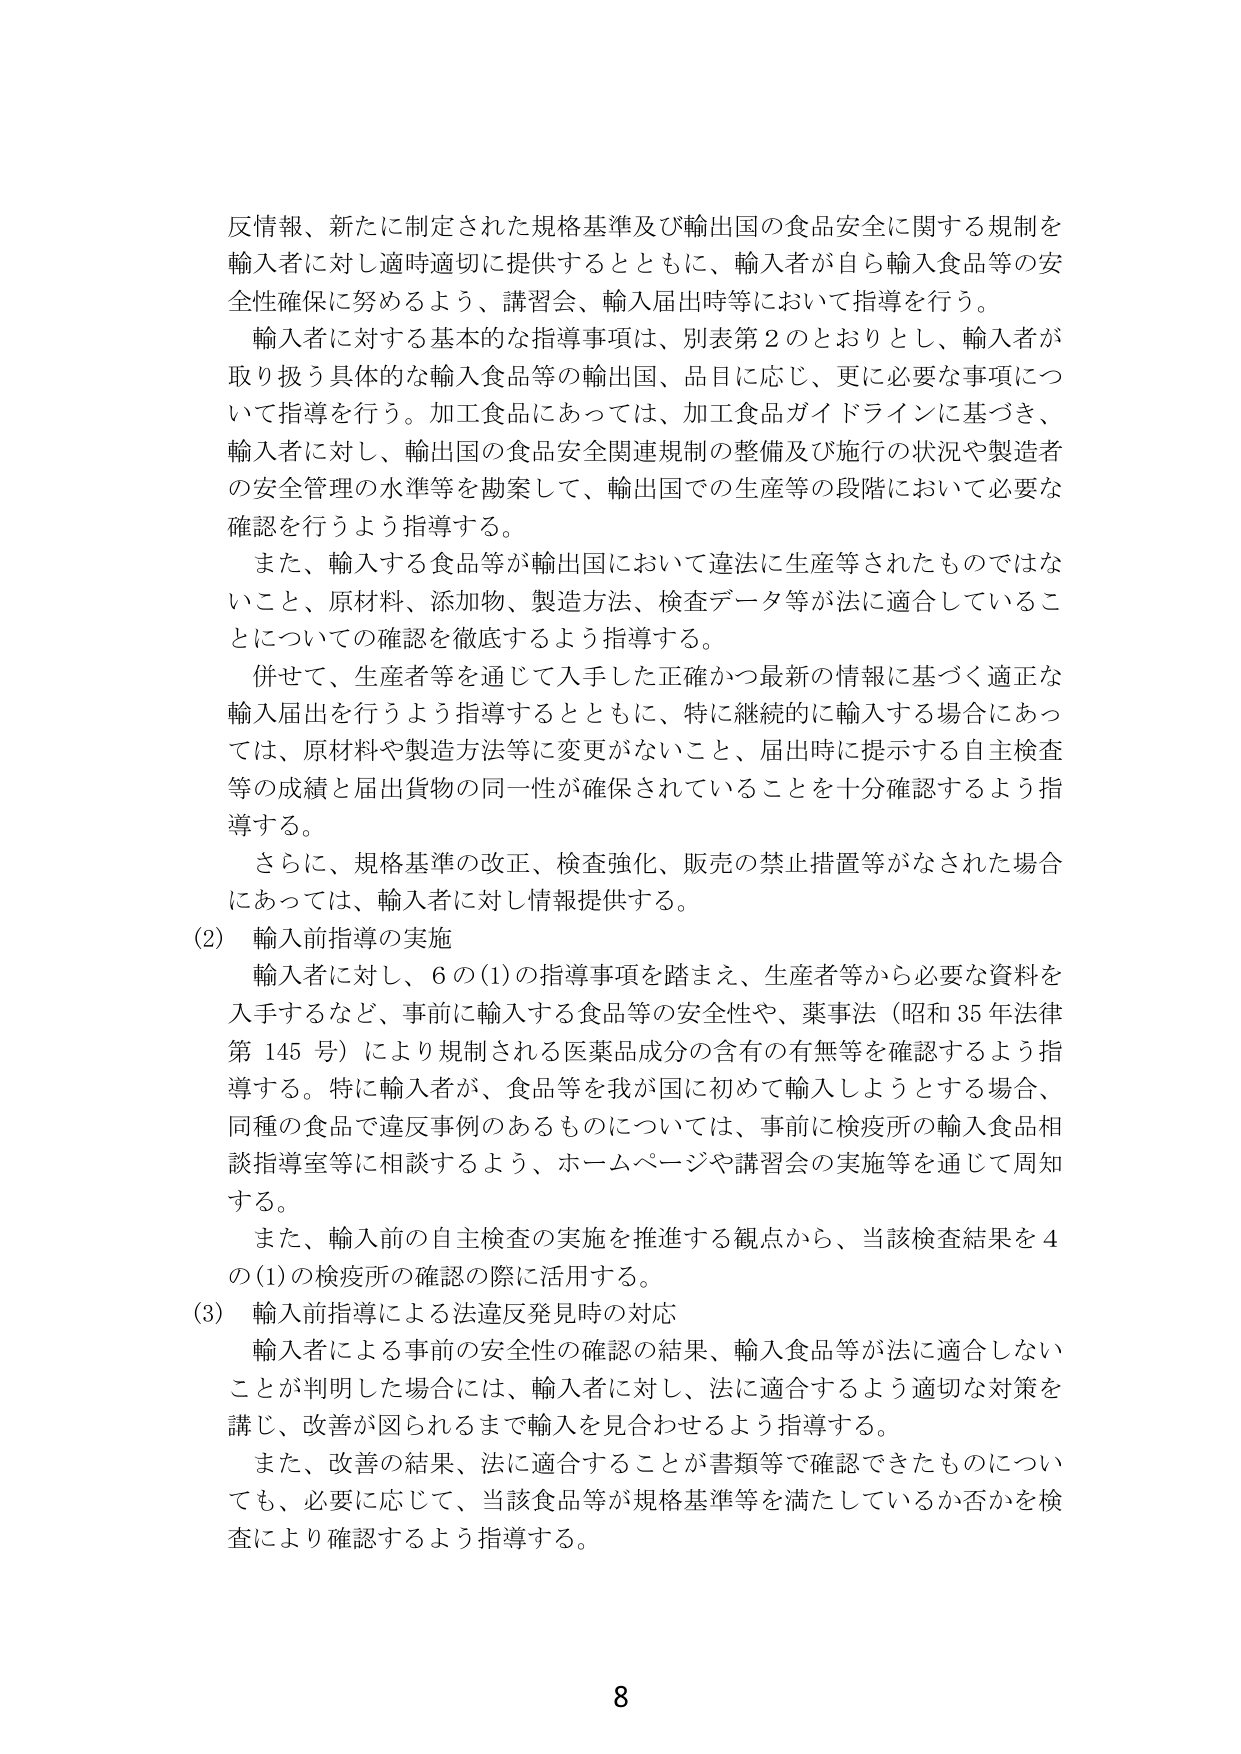
反情報、新たに制定された規格基準及び輸出国の食品安全に関する規制を輸入者に対し適時適切に提供するとともに、輸入者が自ら輸入食品等の安全性確保に努めるよう、講習会、輸入届出時等において指導を行う。

輸入者に対する基本的な指導事項は、別表第2のとおりとし、輸入者が取り扱う具体的な輸入食品等の輸出国、品目に応じ、更に必要な事項について指導を行う。加工食品にあっては、加工食品ガイドラインに基づき、輸入者に対し、輸出国の食品安全関連規制の整備及び施行の状況や製造者の安全管理の水準等を勘案して、輸出国での生産等の段階において必要な確認を行うよう指導する。

また、輸入する食品等が輸出国において違法に生産等されたものではないこと、原材料、添加物、製造方法、検査データ等が法に適合していることについての確認を徹底するよう指導する。

併せて、生産者等を通じて入手した正確かつ最新の情報に基づく適正な輸入届出を行うよう指導するとともに、特に継続的に輸入する場合にあっては、原材料や製造方法等に変更がないこと、届出時に提示する自主検査等の成績と届出貨物の同一性が確保されていることを十分確認するよう指導する。

さらに、規格基準の改正、検査強化、販売の禁止措置等がなされた場合にあっては、輸入者に対し情報提供する。

(2) 輸入前指導の実施

輸入者に対し、6の(1)の指導事項を踏まえ、生産者等から必要な資料を入手するなど、事前に輸入する食品等の安全性や、薬事法（昭和35年法律第145号）により規制される医薬品成分の含有の有無等を確認するよう指導する。特に輸入者が、食品等を我が国に初めて輸入しようとする場合、同種の食品で違反事例のあるものについては、事前に検疫所の輸入食品相談指導室等に相談するよう、ホームページや講習会の実施等を通じて周知する。

また、輸入前の自主検査の実施を推進する観点から、当該検査結果を4の(1)の検疫所の確認の際に活用する。

(3) 輸入前指導による法違反発見時の対応

輸入者による事前の安全性の確認の結果、輸入食品等が法に適合しないことが判明した場合には、輸入者に対し、法に適合するよう適切な対策を講じ、改善が図られるまで輸入を見合わせるよう指導する。

また、改善の結果、法に適合することが書類等で確認できたものについても、必要に応じて、当該食品等が規格基準等を満たしているか否かを検査により確認するよう指導する。

8